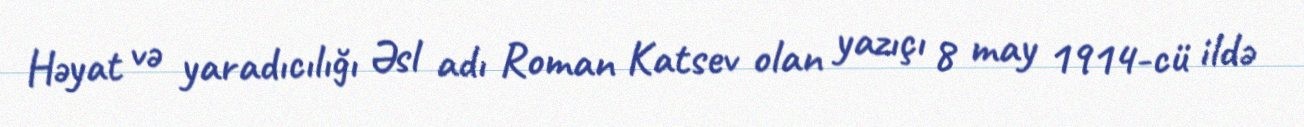
Həyat və yaradıcılığı Əsl adı Roman Katsev olan yazıçı 8 may 1914-cü ildə